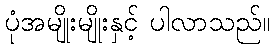
ပုံအမျိုးမျိုးနှင့် ပါလာသည်။